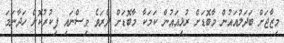
މިޒާޖަށް ބަދަލުއައުން މާބޮޑަށް ރުޅިއައުން ކަމަކާ މާބޮޑަށް ދެރަވެ ވިސްނައި ފިކުރުކޮށް ހަދާނަމަ